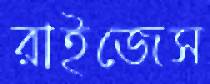
রাইজেস